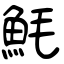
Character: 魹